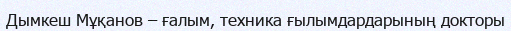
Дымкеш Мұқанов – ғалым, техника ғылымдардарының докторы